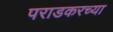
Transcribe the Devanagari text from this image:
पराडकरच्या